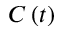
C \left( t \right)